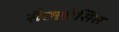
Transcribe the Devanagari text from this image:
सैक्लोसिस